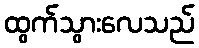
ထွက်သွားလေသည်